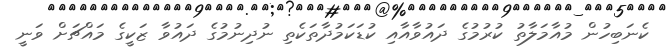
ކެނަބިހުން މުއާމަލާތު ކުރުމުގެ ދައުވާއާއި ކުޑަކަމުދާތަކެތި ނުދިނުމުގެ ދައުވާ ޒަކީގެ މައްޗަށް ވަނީ